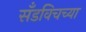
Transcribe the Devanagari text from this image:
सँडविचच्या